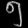
Digit: ၅